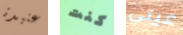
عنيدة كنت عينى